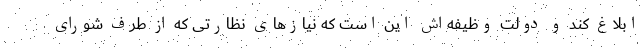
ابلاغ کند و دولت وظیفه‌اش این است که نیازهای نظارتی که از طرف شورای